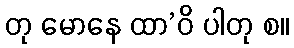
တု မောနေ ထာ’ဝိ ပါတု စ။